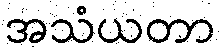
အသံယတာ